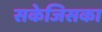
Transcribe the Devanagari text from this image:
सकेजिसका